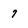
Character: 7